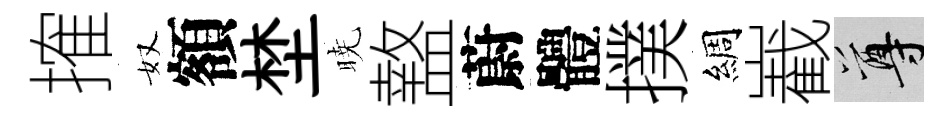
搉奴額埜暁盩蔚體撲綢嶻尊